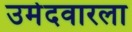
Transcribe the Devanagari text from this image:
उमेदवारला